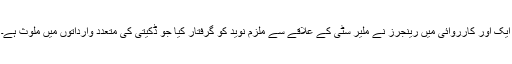
ایک اور کارروائی میں رینجرز نے ملیر سٹی کے علاقے سے ملزم نوید کو گرفتار کیا جو ڈکیتی کی متعدد وارداتوں میں ملوث ہے۔